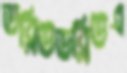
ডব্লিউডব্লিউএ